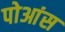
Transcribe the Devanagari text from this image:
पोआंस